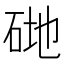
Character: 𥒦